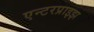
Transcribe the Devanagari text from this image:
एन्टरप्राइझ